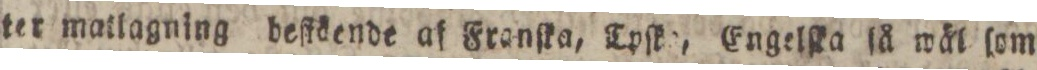
ter matlagning beſtäende af Franſka, Tpſka, Engelſka ſå wäl ſom